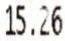
15.26